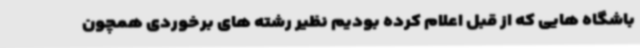
باشگاه هایی که از قبل اعلام کرده بودیم نظیر رشته های برخوردی همچون